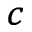
_ c